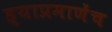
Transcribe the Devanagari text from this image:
ह्याप्रमाणेंच